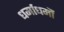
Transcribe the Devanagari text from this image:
धर्माधर्मौ